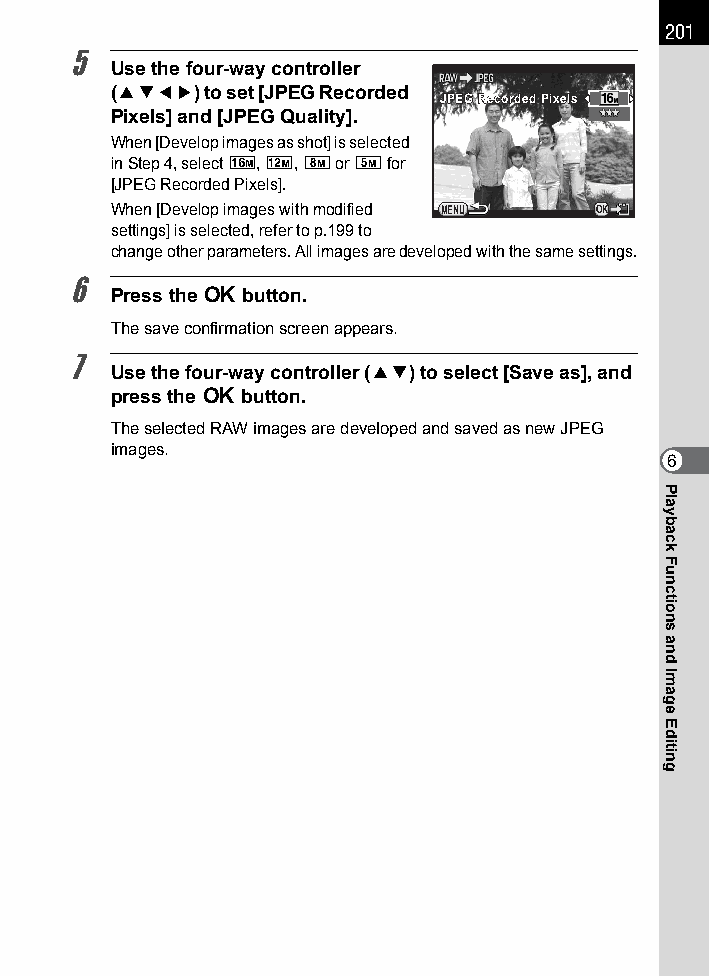
201
 5
 Use the four-way controller
 (2345) to set [JPEG Recorded
 JJPPEEGG RReeccoorrddeedd PPiixxeellss
 Pixels] and [JPEG Quality].
 When [Develop images as shot] is selected
 in Step 4, select p, E, a or f for
 [JPEG Recorded Pixels].
 When [Develop images with modified MENU OK
 settings] is selected, refer to p.199 to
 change other parameters. All images are developed with the same settings.
 6
 Press the 4 button.
 The save confirmation screen appears.
 7
 Use the four-way controller (23) to select [Save as], and
 press the 4 button.
 The selected RAW images are developed and saved as new JPEG
 images.
 6
 Playback
 Functions
 and
 Image
 Editing